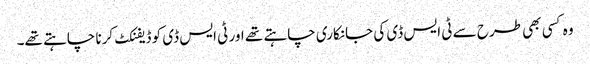
وہ کسی بھی طرح سے ٹی ایس ڈی کی جانکاری چاہتے تھے اور ٹی ایس ڈی کو ڈیفنکٹ کرنا چاہتے تھے۔